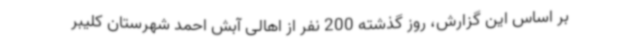
بر اساس این گزارش، روز گذشته 200 نفر از اهالی آبش احمد شهرستان کلیبر